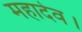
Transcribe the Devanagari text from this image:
महादेव।